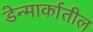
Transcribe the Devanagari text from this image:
डेन्मार्कातील